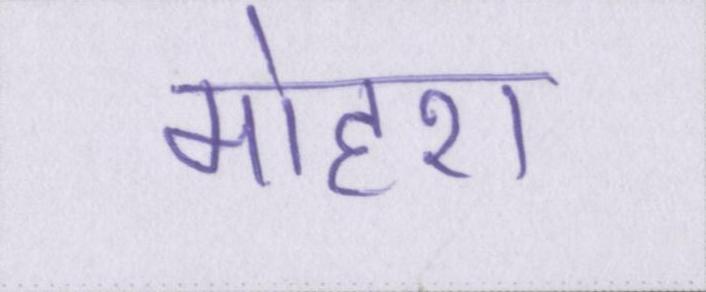
मोहरा